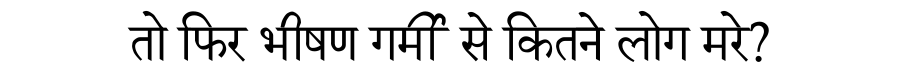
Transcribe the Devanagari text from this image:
तो फिर भीषण गर्मी से कितने लोग मरे?